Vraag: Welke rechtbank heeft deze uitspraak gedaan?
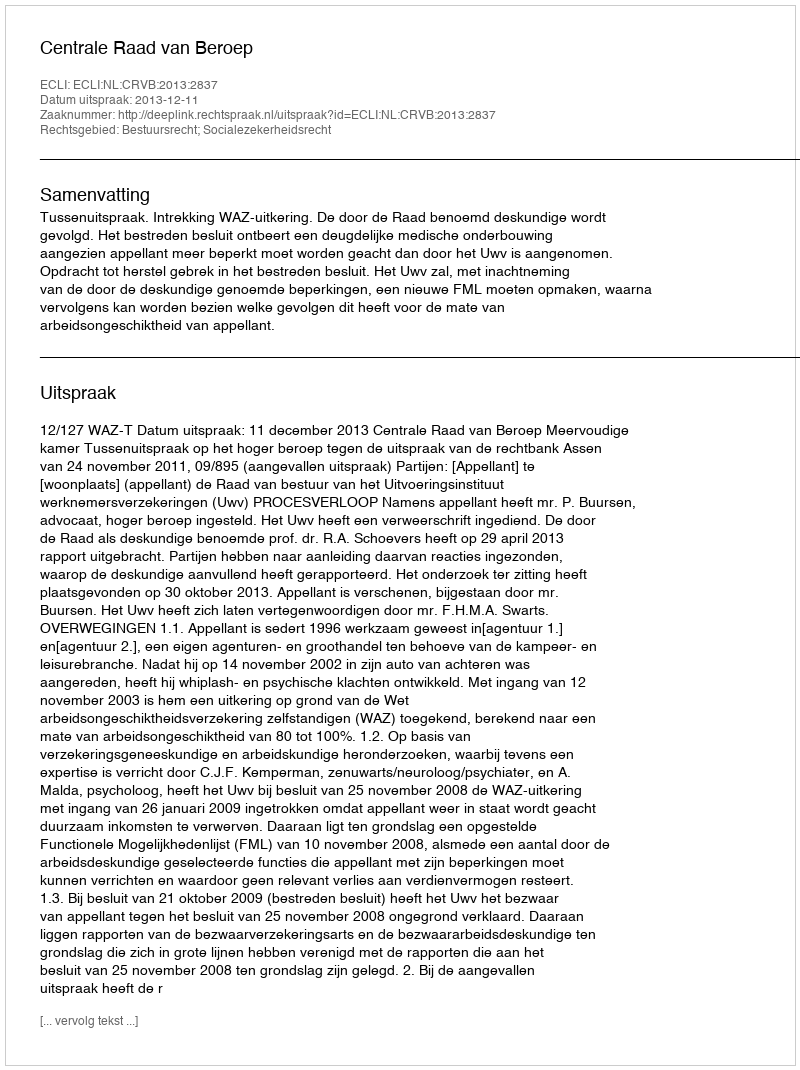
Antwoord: Centrale Raad van Beroep